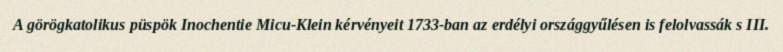
A görögkatolikus püspök Inochentie Micu-Klein kérvényeit 1733-ban az erdélyi országgyűlésen is felolvassák s III.